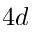
4 d